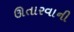
ઊતારવાની